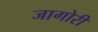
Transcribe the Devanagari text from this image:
जागोरी